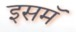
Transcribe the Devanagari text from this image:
इसमॅ